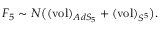
F _ { 5 } \sim N \big ( ( \mathrm { v o l } ) _ { A d S _ { 5 } } + ( \mathrm { v o l } ) _ { S ^ { 5 } } \big ) .